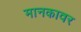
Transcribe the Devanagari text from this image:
मानकावर